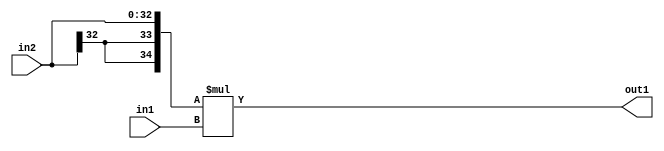
`timescale 1ps / 1ps
/*****************************************************************************
    Verilog RTL Description
    
    
    Created by: Stratus DpOpt 21.05.01 
*******************************************************************************/

module SobelFilter_Mul_33Sx32U_35S_4 (
	in2,
	in1,
	out1
	); /* architecture "behavioural" */ 
input [32:0] in2;
input [31:0] in1;
output [34:0] out1;
wire [34:0] asc001;

assign asc001 = 
	+({{2{in2[32]}}, in2} * in1);

assign out1 = asc001;
endmodule

/* CADENCE  ubL1TA8= : u9/ySxbfrwZIxEzHVQQV8Q== ** DO NOT EDIT THIS LINE ******/